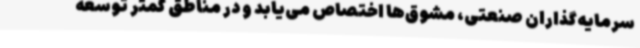
سرمایه‌گذاران صنعتی، مشوق‌ها اختصاص می‌یابد و در مناطق کمتر توسعه